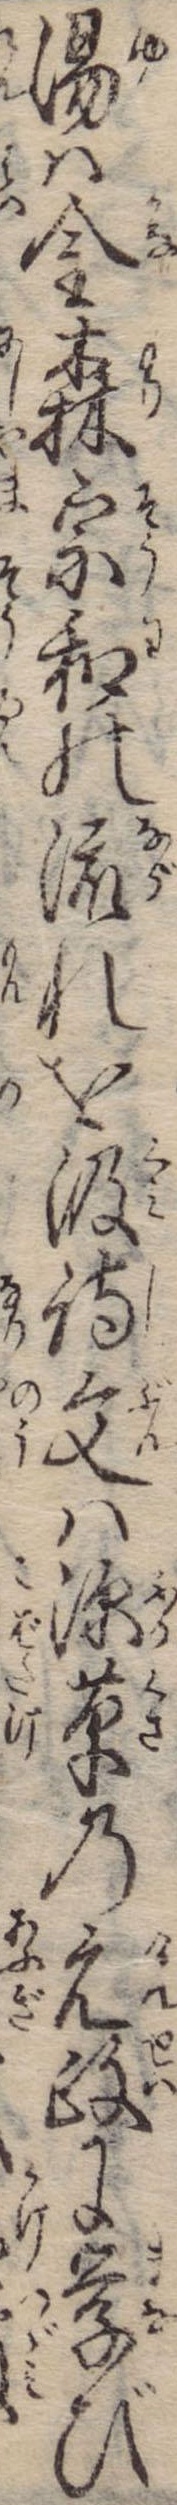
湯は金森宗和の流れを汲詩文は深草の元政に学び